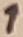
Text: 1